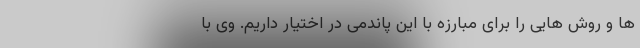
ها و روش هایی را برای مبارزه با این پاندمی در اختیار داریم. وی با